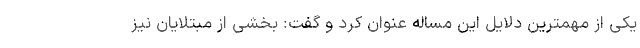
یکی از مهمترین دلایل این مساله عنوان کرد و گفت: بخشی از مبتلایان نیز